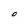
Character: O